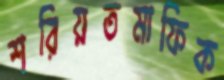
শরিয়তমাফিক